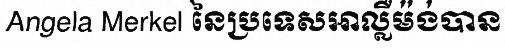
Angela Merkel នៃប្រទេសអាល្លឺម៉ង់បាន